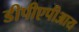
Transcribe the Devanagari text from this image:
डीपीएपीआय